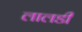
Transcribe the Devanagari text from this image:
लालडी